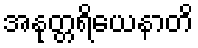
အနုတ္တရိယေနာတိ